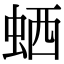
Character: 𬠂